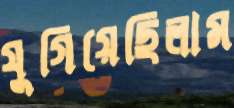
যুগিয়েছিলাম